Annual report on the lock hospitals of the Madras Presidency
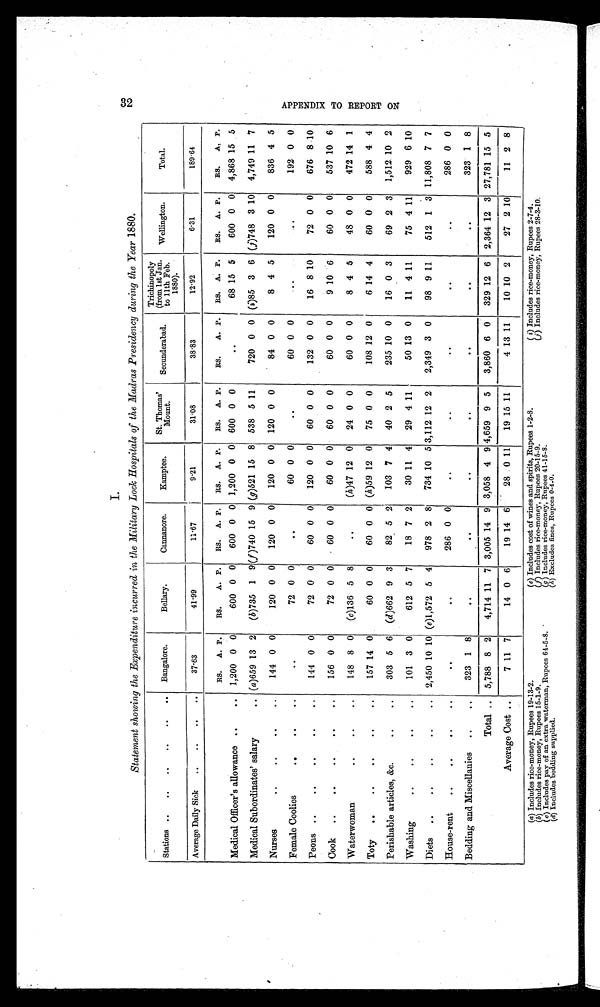
I.
3 2
S t a t e me n t s h o w i n g t h e E x p e n d i t u r e i n c u r r e d i n t h e Mi l i t a r y L o c k H o s p i t a l s o f t h e Ma d r a s P r e s i d e n c y d u r i n g t h e Y e a r 1 8 8 0 .
Stations ..
..
..
..
..
.. Bangalore.
Bellary.
Cannanore.
Kamptee.
St. Thomas'
Mount.
Secunderabad.
Trichinopoly
(from 1st Jan.
to 11th Feb.
1880).
Wellington.
Total.
Average Daily Sick
..
..
..
..
3 7 . 6 3
41.99
11.67
9.21
31.08
3 8 . 8 3
12.92
6.31
189.64
RS. A. P.
RS.
A. P.
RS. A. P. RS. A. P.
RS. A. P.
RS.
A. P. RS. A. P.
RS. A. P.
RS. A. P.
Medical Officer's allowance ..
.. 1,200 0 0
600 0 0
600 0 0 1,200 0 0 600 0 0
. . 68 15 5
600 0 0 4,868 15 5
Medical Subordinates' salary
.. (a)659 13 2
(b)735 1 9 (f)740 15 9 (g)521 15 8 538 5 11
720 0 0 (i)85 3 6 (j)748 3 10 4,749 11 7
Nurses
..
.•
••
..
144 0 0
120 0 0
120 0 0
120 0 0 120 0 0
84 0 0
8 4 5
120 0 0
836 4 5
Female Coolies
. .
72 0 0
. .
60 0 0
. .
60 0 0
. .
. . .
192 0 0
Peons ..
..
..
..
..
144 0 0
72 0 0
60 0 0
120 0 0
60 0 0
132 0 0
16 8 10
72 0 0
676 8 10
Cook ..
..
..
..
..
156 0 0
72 0 0
60 0 0
60 0 0
60 0 0
60 0 0
9 10 6
60 0 0
537 10 6
Waterwoman
..
..
..
148 8 0
(c)136 5 8
. .
(h)47 12 0
24 0 0
60 0 0
8 4 5
48 0 0
472 14 1
Toty
..
..
..
..
..
157 14 0
60 0 0
60 0 0 (h)59 12 0
75 0 0
108 12 0
6 14 4
60 0 0
588 4 4
Perishable articles, &c.
• .
• •
303 5 6 (d)662 9 3
82 5 2
103 7 4
40 2 5
235 10 0
16 0 3
69 2 3 1,512 10 2
Washing
..
..
..
..
101 3 0
612 5 7
18 7 2
30 11 4
29 4 11
50 13 0
11 4
1 1
75 4 11
929 6 10
Diets ..
..
..
..
.. 2,450 10 10 (e)1,572 5 4
978 2 8
734 10 5 3,112 12 2
2,349 3 0
98 9
1 1
512 1 3 11,808 7 7
House-rent
..
..
..
..
. .
. .
286 0 0
. .
..
..
. .
. . 286 0 0
Bedding and Miscellanies
..
..
323 1 8
. .
. .
. .
. .
. . . .
..
323 1 8
Total .. 5,788 8 2
4,714 11 7 3,005 14 9 3,058 4 9 4,659 9 5
3,860 6 0
329 12 6 2,364 12 3 27,781 15 5
Average Cost ..
7 11 7
14 0 6
19 14 6
28 0 11
19 15 11
4 13 11
10 10 2
27 2 10
11 2 8
(a)Includes rice-money, Rupees 19-13-2.
(e) Includes cost of wines and spirits, Rupees 1-2-8.
( i) Includes rice-money, Rupees 2-7-4.
(b)Includes rice-money, Rupees 15-1-9.
(f) Includes rice-money, Rupees 20-15-9.
(j) Includes rice-money, Rupees 28-3-10.
(c) Includes pay of an extra waterman, Rupees 64-5-8.
(g ) Includes rice-money, Rupees 41-15-8.
APPENDIX TO REPORT ON
(d)
Includes bedding supplied.
(h) Excludes fines, Rupees 0-4-0.